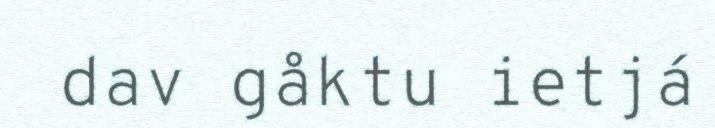
dav gåktu ietjá